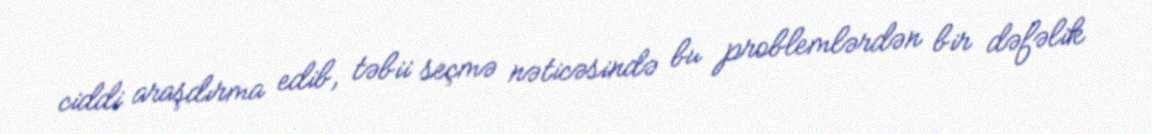
ciddi araşdırma edib, təbii seçmə nəticəsində bu problemlərdən bir dəfəlik